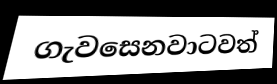
ගැවසෙනවාටවත්